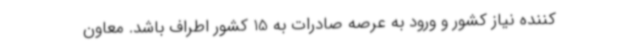
کننده نیاز کشور و ورود به عرصه صادرات به 15 کشور اطراف باشد. معاون